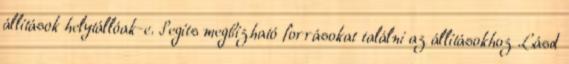
állítások helytállóak-e. Segíts megbízható forrásokat találni az állításokhoz Lásd